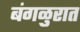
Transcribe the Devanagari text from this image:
बंगळुरात